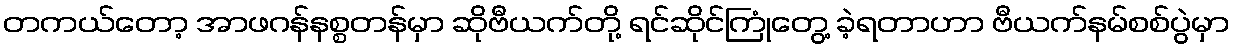
တကယ်တော့ အာဖဂန်နစ္စတန်မှာ ဆိုဗီယက်တို့ ရင်ဆိုင်ကြုံတွေ့ ခဲ့ရတာဟာ ဗီယက်နမ်စစ်ပွဲမှာ